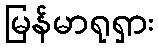
မြန်မာရုရှား